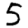
Digit: 5